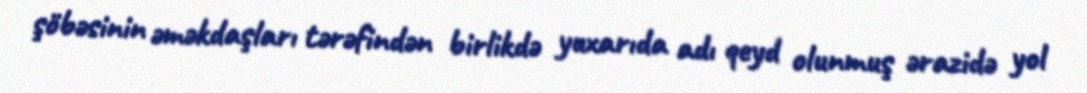
şöbəsinin əməkdaşları tərəfindən birlikdə yuxarıda adı qeyd olunmuş ərazidə yol